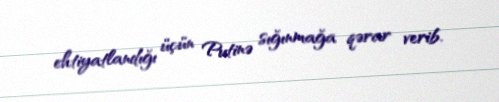
ehtiyatlandığı üçün Putinə sığınmağa qərar verib.